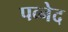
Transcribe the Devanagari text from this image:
पव्नेद